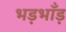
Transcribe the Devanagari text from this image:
भड़भाँड़